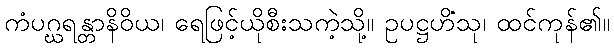
ကံပဂ္ဃရန္တာနိဝိယ၊ ရေဖြင့်ယိုစီးသကဲ့သို့။ ဥပဋ္ဌဟိံသု၊ ထင်ကုန်၏။